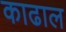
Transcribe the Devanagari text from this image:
काढाल